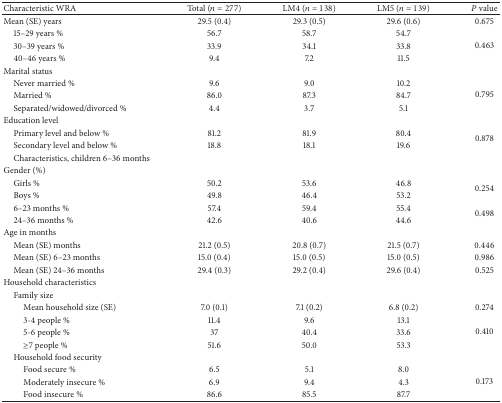
<table><thead><tr><td><b>Characteristic WRA</b></td><td><b>Total (<i>n</i> = 277)</b></td><td><b>LM4 (<i>n</i> = 138)</b></td><td><b>LM5 (<i>n</i> = 139)</b></td><td><b><i>P</i> value</b></td></tr></thead><tbody><tr><td>Mean (SE) years</td><td>29.5 (0.4)</td><td>29.3 (0.5)</td><td>29.6 (0.6)</td><td>0.675</td></tr><tr><td> 15–29 years %</td><td>56.7</td><td>58.7</td><td>54.7</td><td rowspan="3">0.463</td></tr><tr><td> 30–39 years %</td><td>33.9</td><td>34.1</td><td>33.8</td></tr><tr><td> 40–46 years %</td><td>9.4</td><td>7.2</td><td>11.5</td></tr><tr><td>Marital status </td><td> </td><td> </td><td> </td><td> </td></tr><tr><td> Never married %</td><td>9.6</td><td>9.0</td><td>10.2</td><td rowspan="3">0.795</td></tr><tr><td> Married %</td><td>86.0</td><td>87.3</td><td>84.7</td></tr><tr><td> Separated/widowed/divorced %</td><td>4.4</td><td>3.7</td><td>5.1</td></tr><tr><td>Education level</td><td> </td><td> </td><td> </td><td> </td></tr><tr><td> Primary level and below %</td><td>81.2</td><td>81.9</td><td>80.4</td><td rowspan="2">0.878</td></tr><tr><td> Secondary level and below %</td><td>18.8</td><td>18.1</td><td>19.6</td></tr><tr><td> Characteristics, children 6–36 months </td><td> </td><td> </td><td> </td><td> </td></tr><tr><td>Gender (%)</td><td> </td><td> </td><td> </td><td> </td></tr><tr><td> Girls %</td><td>50.2</td><td>53.6</td><td>46.8</td><td rowspan="2">0.254</td></tr><tr><td> Boys %</td><td>49.8</td><td>46.4</td><td>53.2</td></tr><tr><td> 6–23 months %</td><td>57.4</td><td>59.4</td><td>55.4</td><td rowspan="2">0.498</td></tr><tr><td> 24–36 months %</td><td>42.6</td><td>40.6</td><td>44.6</td></tr><tr><td>Age in months </td><td> </td><td> </td><td> </td><td> </td></tr><tr><td> Mean (SE) months </td><td>21.2 (0.5)</td><td>20.8 (0.7)</td><td>21.5 (0.7)</td><td>0.446</td></tr><tr><td> Mean (SE) 6–23 months </td><td>15.0 (0.4)</td><td>15.0 (0.5)</td><td>15.0 (0.5)</td><td>0.986</td></tr><tr><td> Mean (SE) 24–36 months </td><td>29.4 (0.3)</td><td>29.2 (0.4)</td><td>29.6 (0.4)</td><td>0.525</td></tr><tr><td>Household characteristics </td><td> </td><td> </td><td> </td><td> </td></tr><tr><td> Family size </td><td> </td><td> </td><td> </td><td> </td></tr><tr><td>Mean household size (SE)</td><td>7.0 (0.1)</td><td>7.1 (0.2)</td><td>6.8 (0.2)</td><td>0.274</td></tr><tr><td>3-4 people %</td><td>11.4</td><td>9.6</td><td>13.1</td><td rowspan="3">0.410</td></tr><tr><td>5-6 people %</td><td>37</td><td>40.4</td><td>33.6</td></tr><tr><td>≥7 people %</td><td>51.6</td><td>50.0</td><td>53.3</td></tr><tr><td> Household food security</td><td> </td><td> </td><td> </td><td> </td></tr><tr><td>Food secure %</td><td>6.5</td><td>5.1</td><td>8.0</td><td rowspan="3">0.173</td></tr><tr><td>Moderately insecure %</td><td>6.9</td><td>9.4</td><td>4.3</td></tr><tr><td>Food insecure %</td><td>86.6</td><td>85.5</td><td>87.7</td></tr></tbody></table>